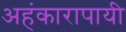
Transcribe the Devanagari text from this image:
अहंकारापायी